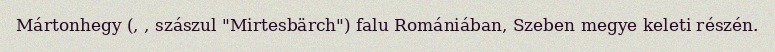
Mártonhegy (, , szászul "Mirtesbärch") falu Romániában, Szeben megye keleti részén.